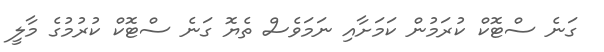
ގަނެ ސްޓޮކް ކުރަމުން ކަަމަށާއި ނަމަވެސް ތެޔޮ ގަނެ ސްޓޮކް ކުރުމުގެ މާލީ